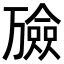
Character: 𪜇